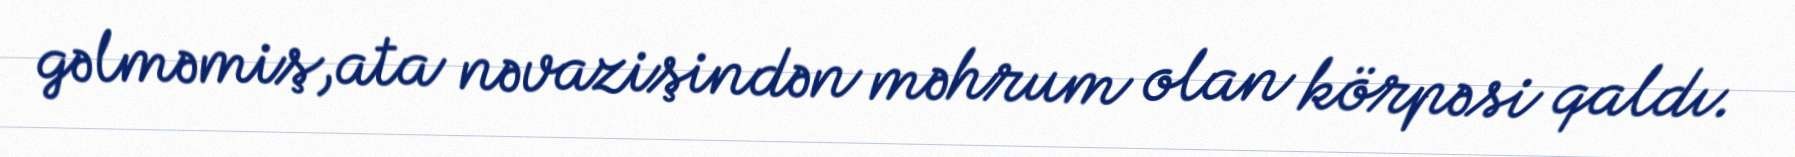
gəlməmiş,ata nəvazişindən məhrum olan körpəsi qaldı.